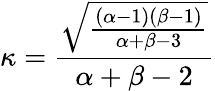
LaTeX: \kappa={\frac{\sqrt{\frac{(\alpha-1)(\beta-1)}{\alpha+\beta-3}}}{\alpha+\beta-2}}